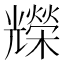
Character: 𠓐